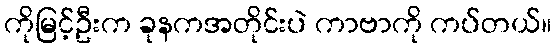
ကိုမြင့်ဦးက ခုနကအတိုင်းပဲ ကာဗာကို ကပ်တယ်။